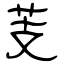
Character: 芰